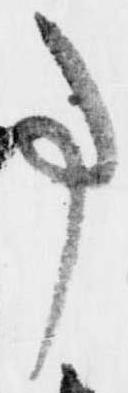
事